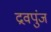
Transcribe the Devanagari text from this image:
द्रवपुंज